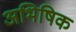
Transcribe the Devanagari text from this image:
अभिषिक